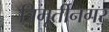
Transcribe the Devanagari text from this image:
त्रिमूर्तीनगर